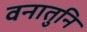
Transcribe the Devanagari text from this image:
वनातुनि